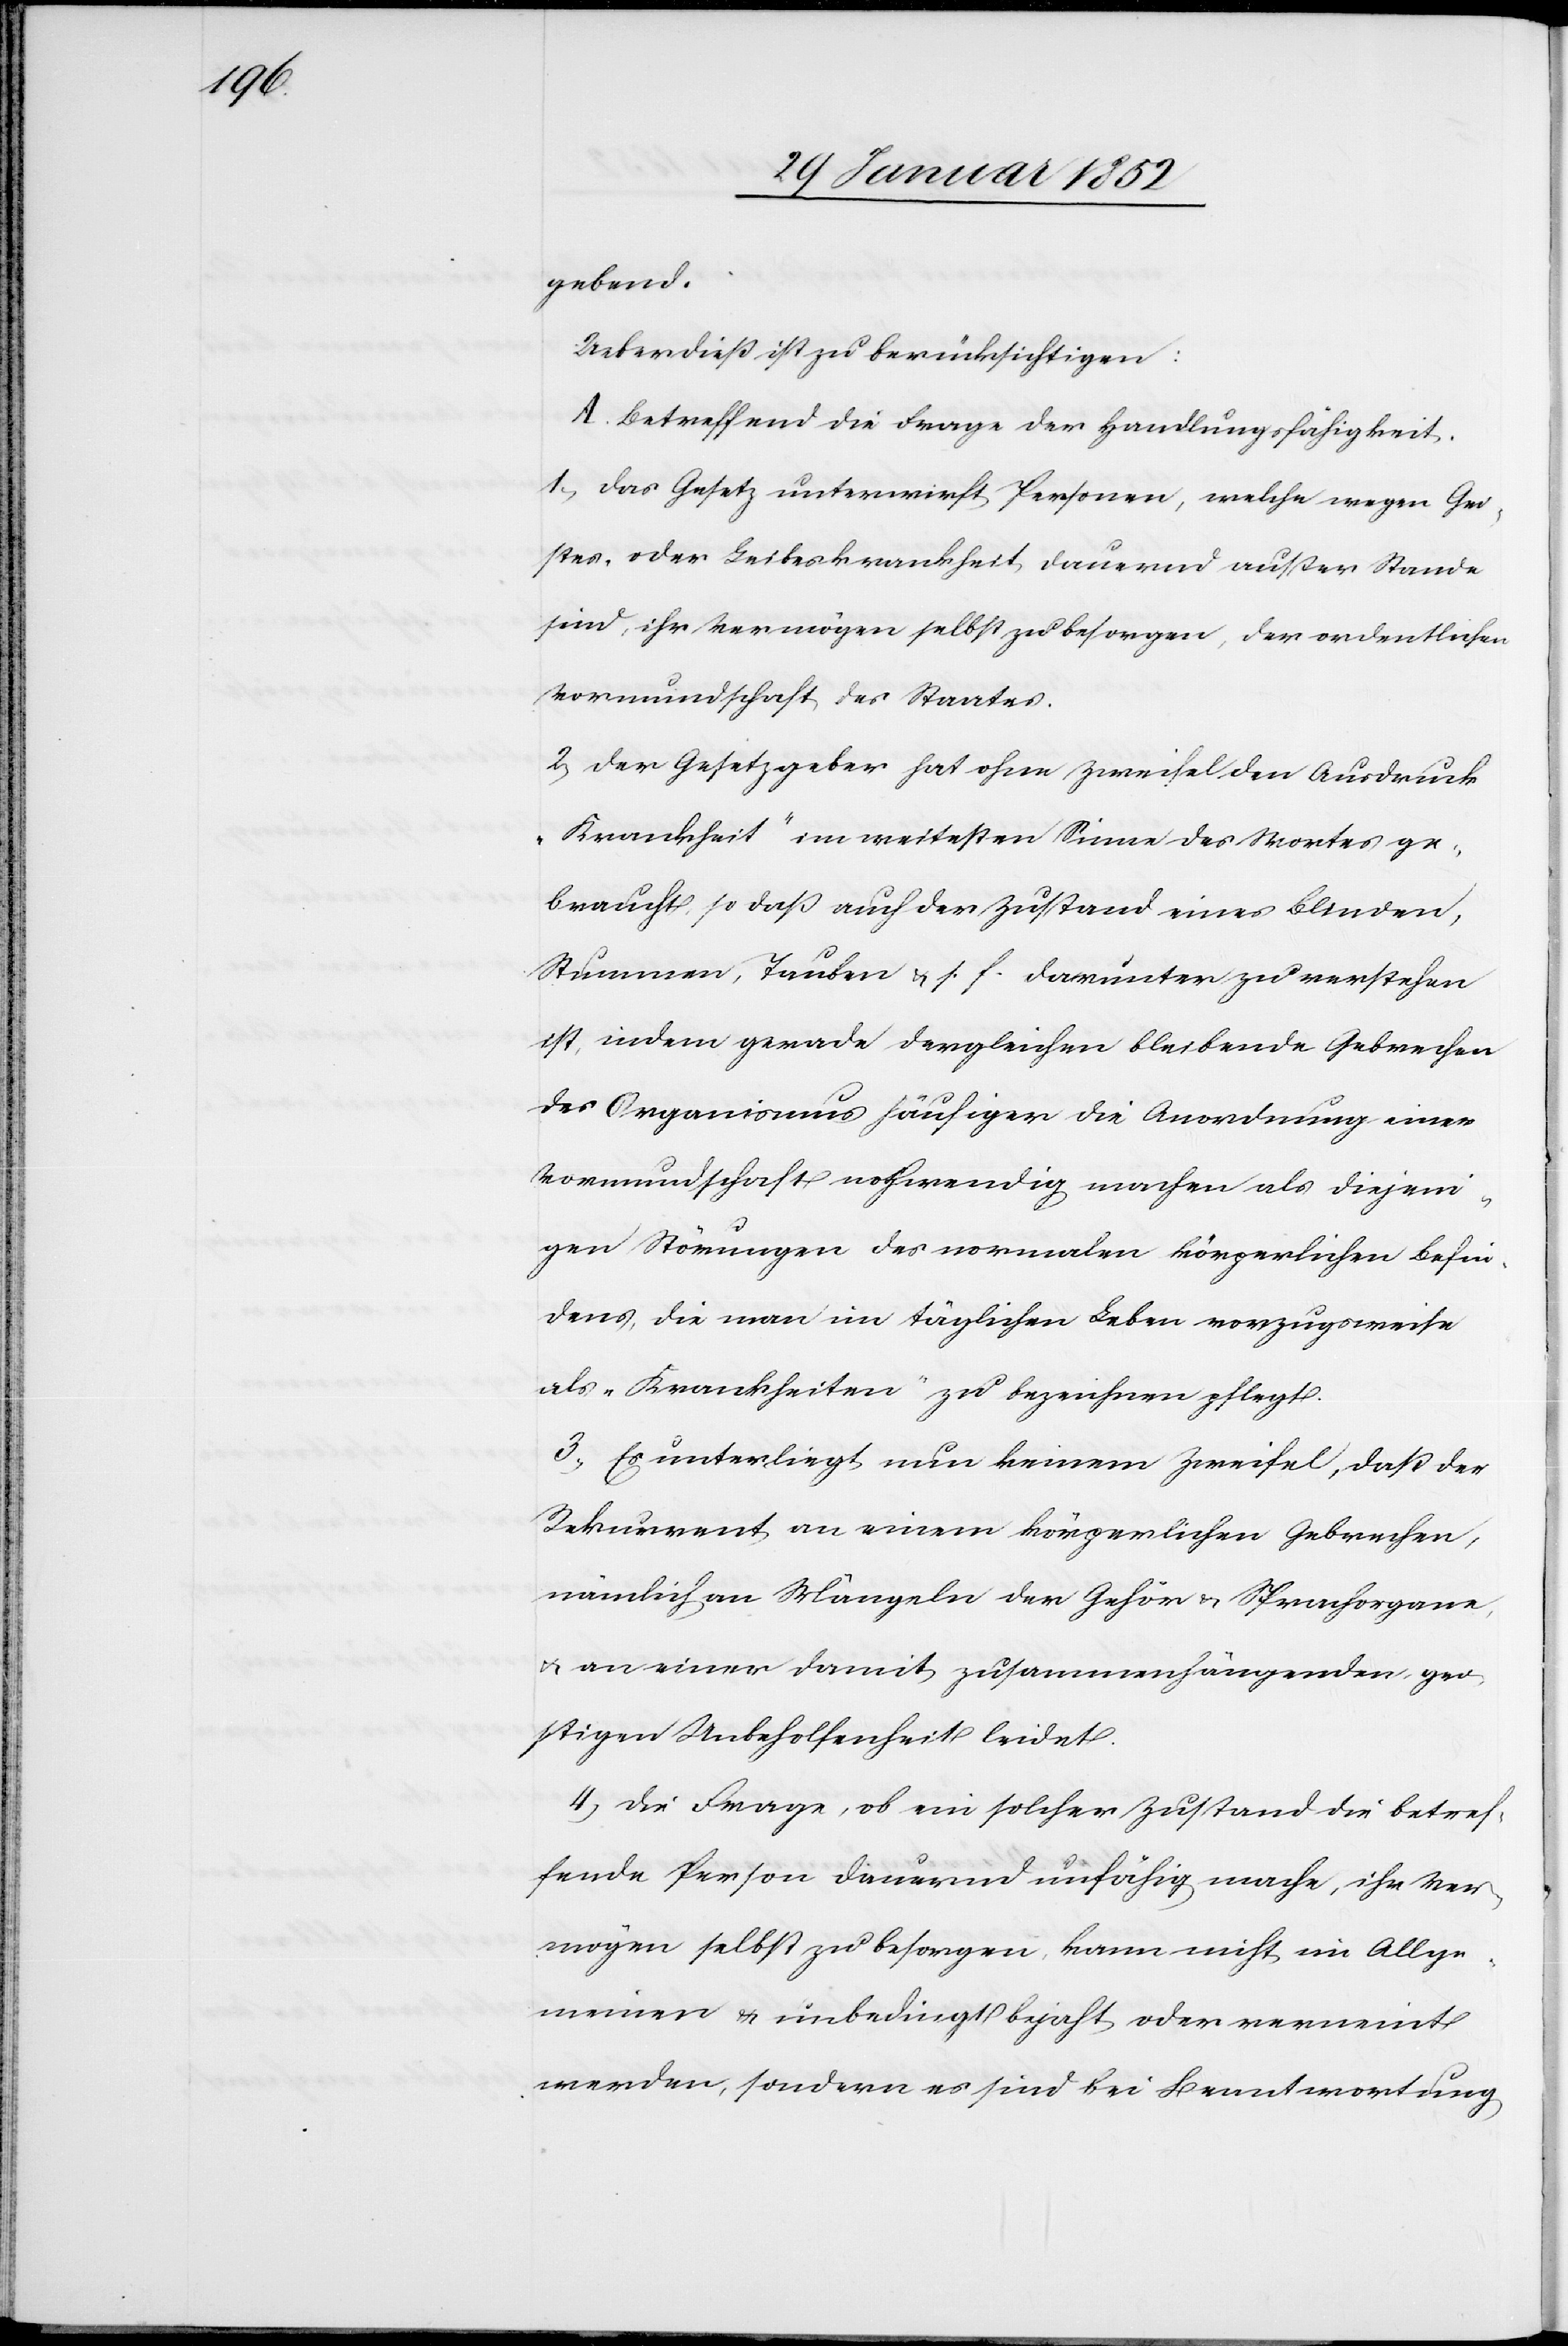
gebend.
Ueberdieß ist zu berücksichtigen:
A. Betreffend die Frage der Handlungsfähigkeit.
1.) Das Gesetz unterwirft Personen, welche wegen Gei¬
stes- oder Leibeskrankheit dauernd außer Stand
sind, ihr Vermögen selbst zu besorgen, der ordentlichen
Vormundschaft des Staates.
2.) Der Gesetzgeber hat ohne Zweifel den Ausdruck
„Krankheit“ im weitesten Sinne des Wortes ge¬
braucht, so daß auch der Zustand eines Blinden,
Stummen, Tauben u. s. f. darunter zu verstehen
ist, indem gerade dergleichen bleibende Gebrechen
des Organismus häufiger die Anordnung einer
Vormundschaft nothwendig machen als diejeni¬
gen Störungen des normalen körperlichen Befin¬
dens, die man im täglichen Leben vorzugsweise
als „Krankheiten“ zu bezeichnen pflegt.
3.) Es unterliegt nun keinem Zweifel, daß der
Rekurrent an einem körperlichen Gebrechen,
nämlich an Mängeln der Gehör- u. Sprachorgane
u. an einer damit zusammenhängenden gei¬
stigen Unbeholfenheit leidet.
4) Die Frage, ob ein solcher Zustand die betref¬
fende Person dauernd unfähig mache, ihr Ver¬
mögen selbst zu besorgen, kann nicht im Allge¬
meinen u. unbedingt bejaht, oder verneint
werden, sondern es sind bei Beantwortung